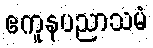
ဧကူနပညာသမံ